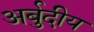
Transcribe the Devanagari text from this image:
अर्बुदीय